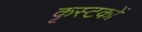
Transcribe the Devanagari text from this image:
कृस्टकों